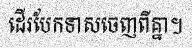
ដើរបែកទាសចេញពីគ្នា។